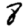
Digit: 8